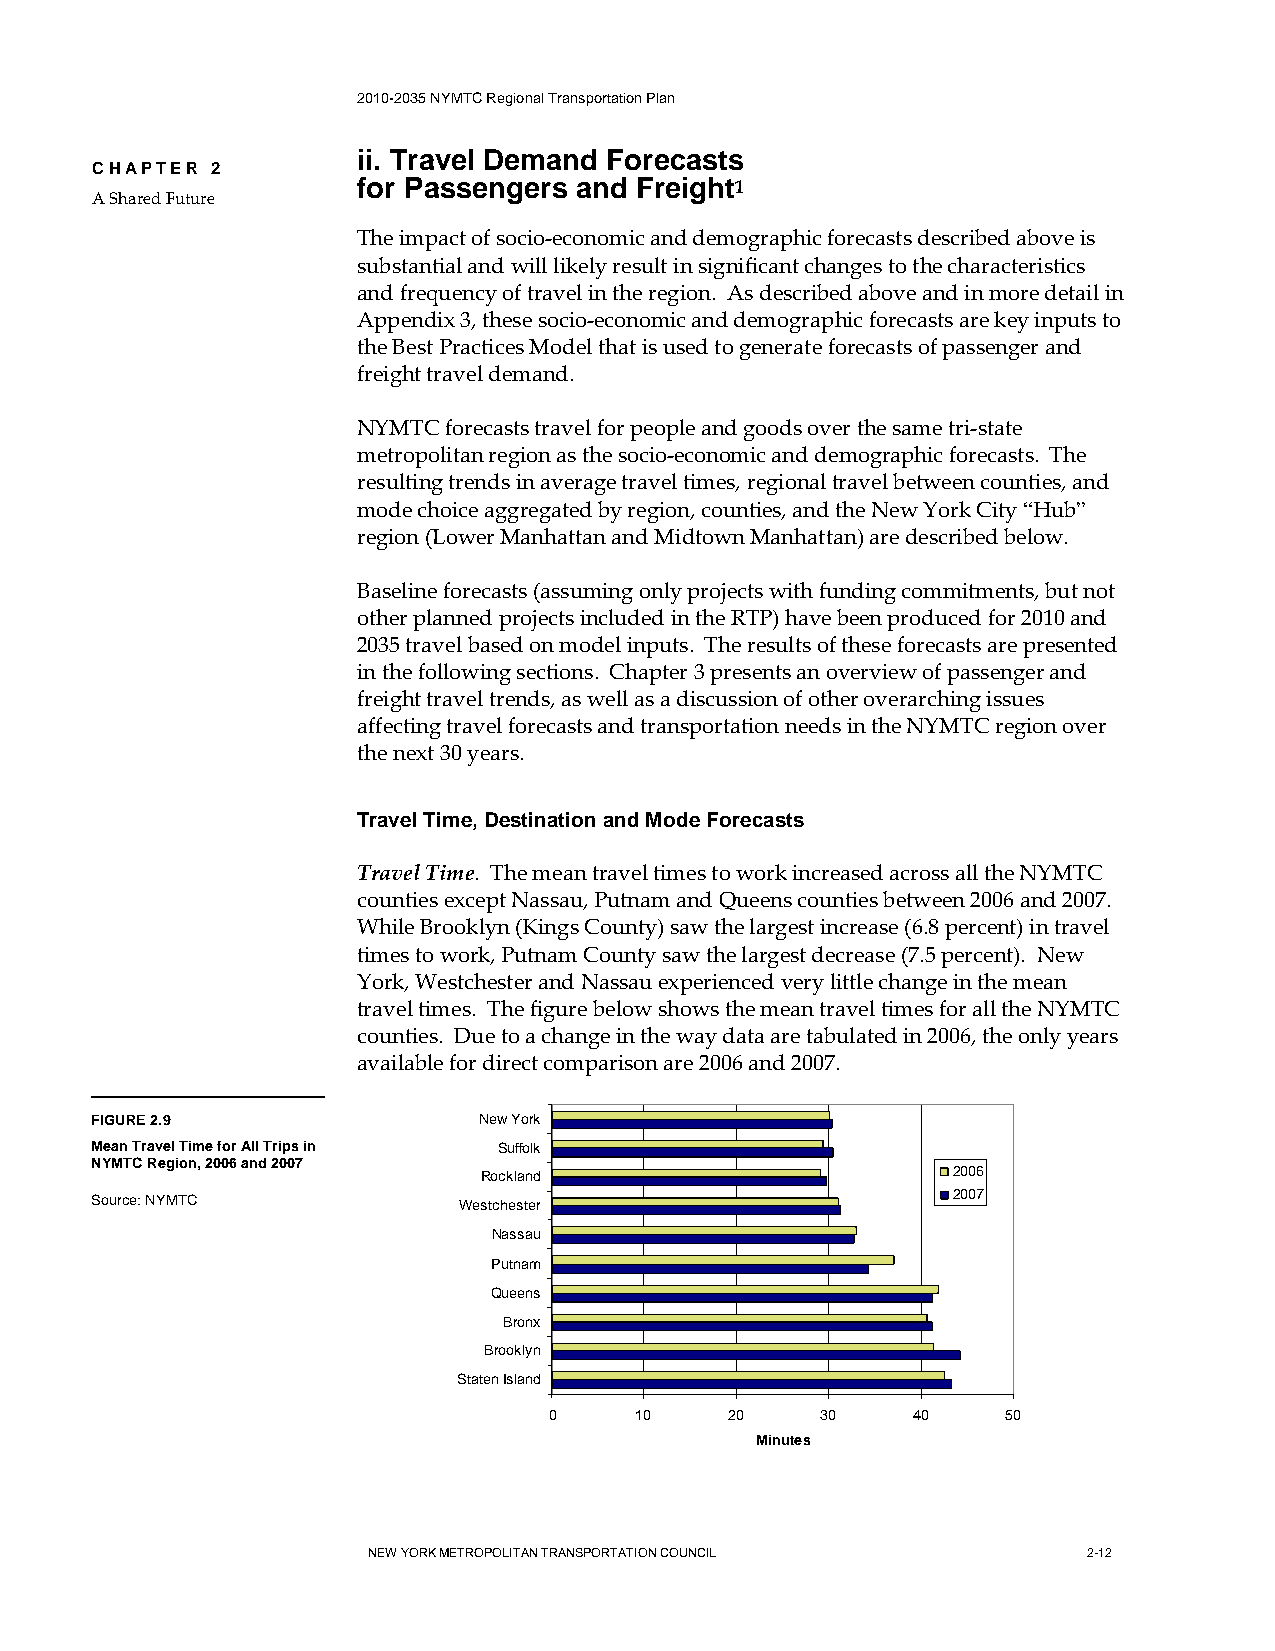
2010-2035 NYMTC Regional Transportation Plan
 ii. Travel Demand Forecasts
 CHAPTER 2
 for Passengers and Freight1
 A Shared Future
 The impact of socio-economic and demographic forecasts described above is
 substantial and will likely result in significant changes to the characteristics
 and frequency of travel in the region. As described above and in more detail in
 Appendix 3, these socio-economic and demographic forecasts are key inputs to
 the Best Practices Model that is used to generate forecasts of passenger and
 freight travel demand.
 NYMTC forecasts travel for people and goods over the same tri-state
 metropolitan region as the socio-economic and demographic forecasts. The
 resulting trends in average travel times, regional travel between counties, and
 mode choice aggregated by region, counties, and the New York City “Hub”
 region (Lower Manhattan and Midtown Manhattan) are described below.
 Baseline forecasts (assuming only projects with funding commitments, but not
 other planned projects included in the RTP) have been produced for 2010 and
 2035 travel based on model inputs. The results of these forecasts are presented
 in the following sections. Chapter 3 presents an overview of passenger and
 freight travel trends, as well as a discussion of other overarching issues
 affecting travel forecasts and transportation needs in the NYMTC region over
 the next 30 years.
 Travel Time, Destination and Mode Forecasts
 Travel Time. The mean travel times to work increased across all the NYMTC
 counties except Nassau, Putnam and Queens counties between 2006 and 2007.
 While Brooklyn (Kings County) saw the largest increase (6.8 percent) in travel
 times to work, Putnam County saw the largest decrease (7.5 percent). New
 York, Westchester and Nassau experienced very little change in the mean
 travel times. The figure below shows the mean travel times for all the NYMTC
 counties. Due to a change in the way data are tabulated in 2006, the only years
 available for direct comparison are 2006 and 2007.
 FIGURE 2.9                New York
 Mean Travel Time for All Trips in Suffolk
 NYMTC Region, 2006 and 2007
 Rockland                       2006
 Source: NYMTC           Westchester                      2007
 Nassau
 Putnam
 Queens
 Bronx
 Brooklyn
 Staten Island
 0     10    20    30     40    50
 Minutes
 NEW YORK METROPOLITAN TRANSPORTATION COUNCIL    2-12